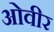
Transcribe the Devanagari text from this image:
ओवीर